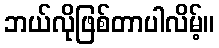
ဘယ်လိုဖြစ်တာပါလိမ့်။